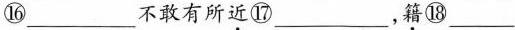
⑯___不敢有所\underset{·}{近}⑰___，\underset{·}{籍}⑱___